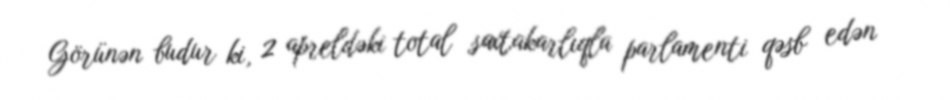
Görünən budur ki, 2 apreldəki total saxtakarlıqla parlamenti qəsb edən